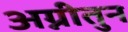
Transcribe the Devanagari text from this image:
अग्नीतुन